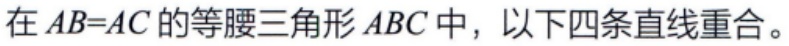
在\(AB = AC\)的等腰三角形\(ABC\)中，以下四条直线重合。